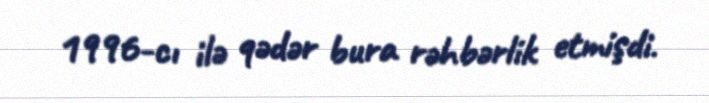
1996-cı ilə qədər bura rəhbərlik etmişdi.